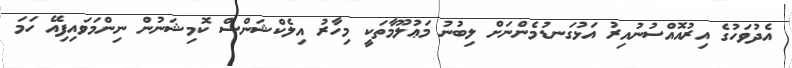
އެދުވަހުގެ އިރުއޮއްސުނުއިރު އަޅުގަނޑުމެންނަށް ލިބުނު މަޢުލޫމާތަކީ މިހާރު އިލެކްޝަންސް ކޮމިޝަނުން ނިންމަވައިފިއޭ ހަމަ